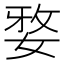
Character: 𭒀